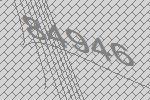
84946